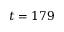
t = 1 7 9